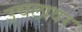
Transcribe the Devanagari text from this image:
उचलावर